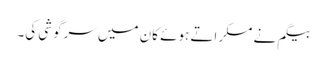
بیگم نے مسکراتے ہوئے کان میں سرگوشی کی۔